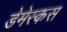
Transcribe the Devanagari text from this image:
डेमेस्कस